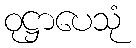
ဝုဋ္ဌာပေသုံ